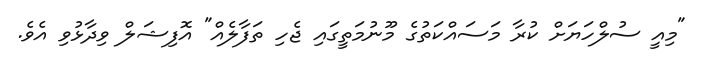
"މިއީ ސުލްހަޔަށް ކުރާ މަސައްކަތުގެ މޫނުމަތީގައި ޖެހި ތަފާލެއް" އޮފިޝަލް ވިދާޅުވި އެވެ.